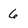
Character: 6